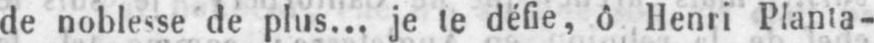
de noblesse de plus... je te défie, ô Henri Planta-